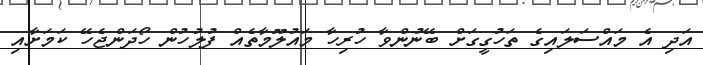
އަދި އެ މައްސަލައިގެ ތަހުގީގަށް ބޭނުންވާ ހުރިހާ މައުލޫމާތެއް ފުލުހުން ހޯދަންޖެހޭ ކަމަށާއި